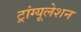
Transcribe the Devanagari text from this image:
ट्रांग्यूलेशन